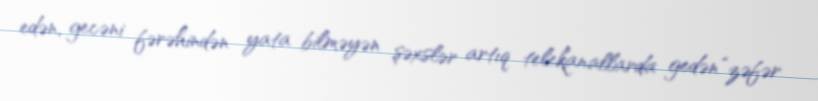
edən, gecəni fərəhindən yata bilməyən şəxslər artıq telekanallarda gedən “zəfər